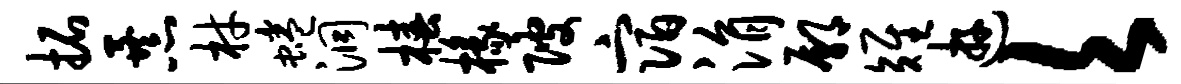
拓暴材蜷洞椿椽陂宿涓鄢雉游欠